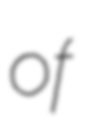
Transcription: of